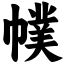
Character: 幞